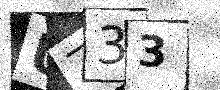
Text: UZ33